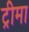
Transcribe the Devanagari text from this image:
ट्रीमा